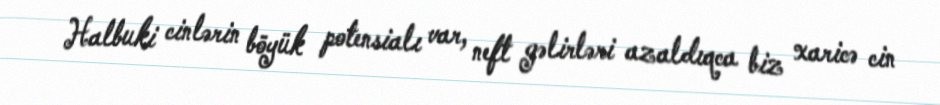
Halbuki cinlərin böyük potensialı var, neft gəlirləri azaldıqca biz xaricə cin